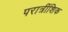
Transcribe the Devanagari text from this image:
परात्रींशिक